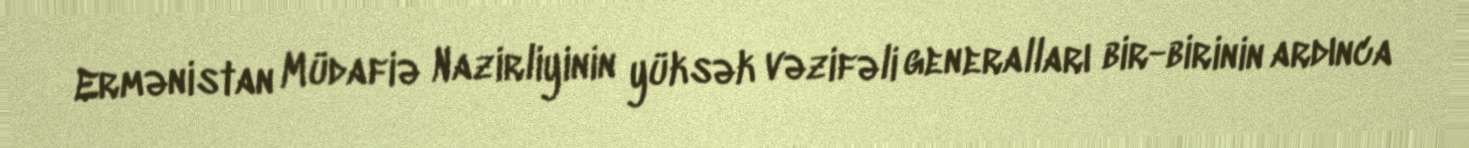
Ermənistan Müdafiə Nazirliyinin yüksək vəzifəli generalları bir-birinin ardınca